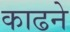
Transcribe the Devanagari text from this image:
काढने